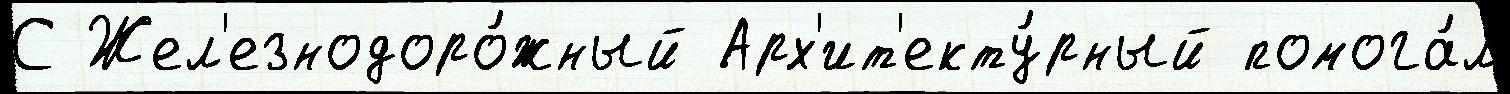
С Жел'езнодоро́жный Арх'ит'екту́рный помога́л